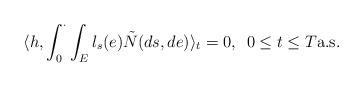
LaTeX: \begin{align*} \langle h, \int_0^\cdot \int_E l_s(e) \tilde N(ds, de) \rangle_t =0,\,\,\, 0 \leq t \leq T {\rm a.s.}\end{align*}